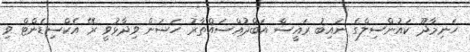
ހަނިމާދޫ ކައުންސިލްގެ ނައިބު ރައީސް އަބްދުއްސައްތާރު ހަސަން ވިދާޅުވީ ރޭ އެކްސިޑެންޓް ވި